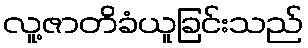
လူ့ဇာတိခံယူခြင်းသည်